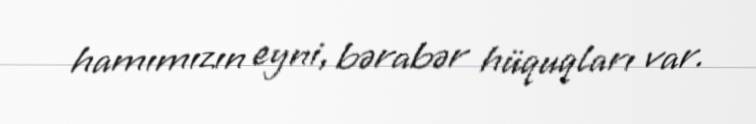
hamımızın eyni, bərabər hüquqları var.